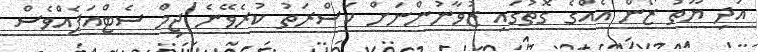
އަދި ޔޫތު ޒޯން އެއްގެ ގޮތުގައި ޒުވާނުންނަށް ކަސްރަތު ކުރެވޭނެ ޖިމް ސެޓްއަޕެއްވެސް